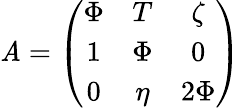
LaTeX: \mathit{A}=\left(\begin{array}{ccc}{{\Phi}}&{{T}}&{{\zeta}}\\ {{1}}&{{\Phi}}&{{0}}\\ {{0}}&{{\eta}}&{{2\Phi}}\end{array}\right)